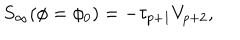
S _ { \infty } ( \phi = \phi _ { 0 } ) = - \tau _ { p + 1 } V _ { p + 2 } ,